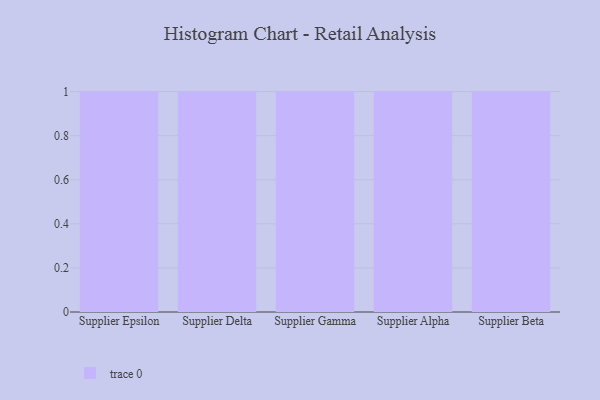
{"axis": {"x": "Supplier", "y": "Revenue (USD Million)"}, "legend": [""], "data": [{"x": "Supplier Epsilon", "y": 15, "type": ""}, {"x": "Supplier Delta", "y": 32, "type": ""}, {"x": "Supplier Gamma", "y": 39, "type": ""}, {"x": "Supplier Alpha", "y": 50, "type": ""}, {"x": "Supplier Beta", "y": 72, "type": ""}]}